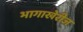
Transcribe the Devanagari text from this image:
भागाखेरीज